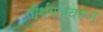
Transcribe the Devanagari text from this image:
तीर्थयात्रेवरून